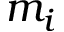
m _ { i }